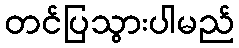
တင်ပြသွားပါမည်